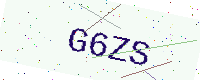
Text: G6ZS